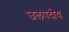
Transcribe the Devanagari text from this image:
जलपदीय